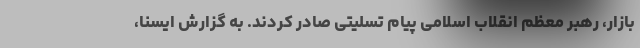
بازار، رهبر معظم انقلاب اسلامی پیام تسلیتی صادر کردند. به گزارش ایسنا،